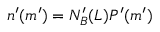
n ^ { \prime } ( m ^ { \prime } ) = N _ { B } ^ { \prime } ( L ) P ^ { \prime } ( m ^ { \prime } )